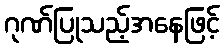
ဂုဏ်ပြုသည့်အနေဖြင့်